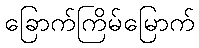
ခြောက်ကြိမ်မြောက်